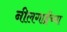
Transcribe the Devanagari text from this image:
नीलगाईंच्या